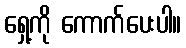
ရှေ့ကို ကောက်ပေးပါ။